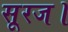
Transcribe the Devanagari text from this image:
सूरज।